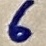
Text: 6